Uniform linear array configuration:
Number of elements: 12
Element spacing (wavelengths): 0.5
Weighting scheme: binomial
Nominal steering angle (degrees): -30
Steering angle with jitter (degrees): -31.461
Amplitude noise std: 0.05
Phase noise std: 0.05

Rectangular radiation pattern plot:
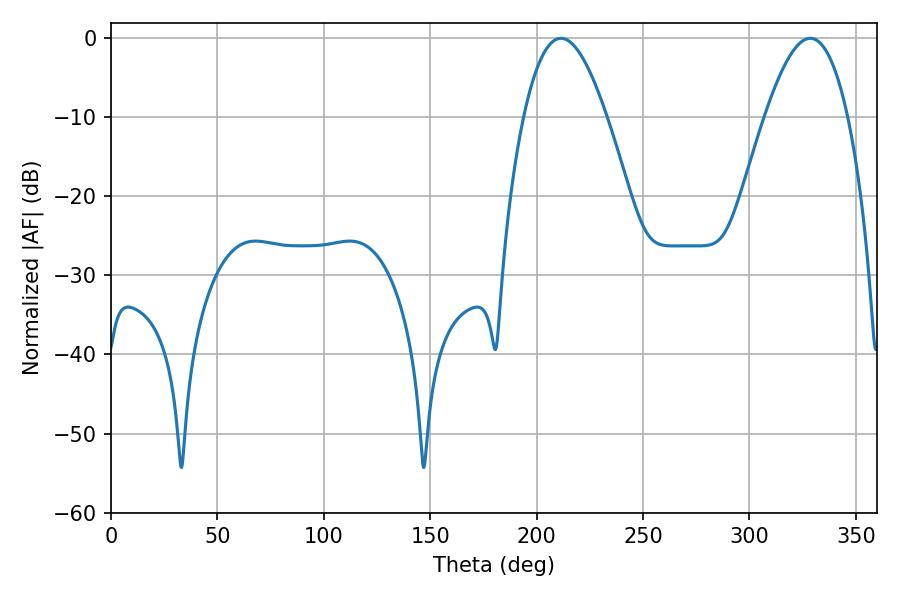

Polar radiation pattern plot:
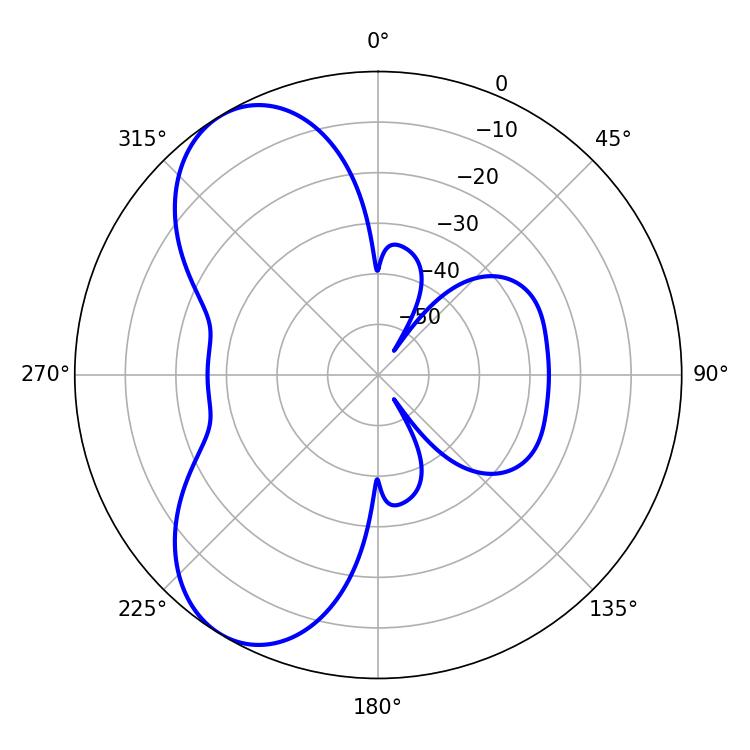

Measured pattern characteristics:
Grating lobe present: FALSE
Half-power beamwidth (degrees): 21.24
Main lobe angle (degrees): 211.5